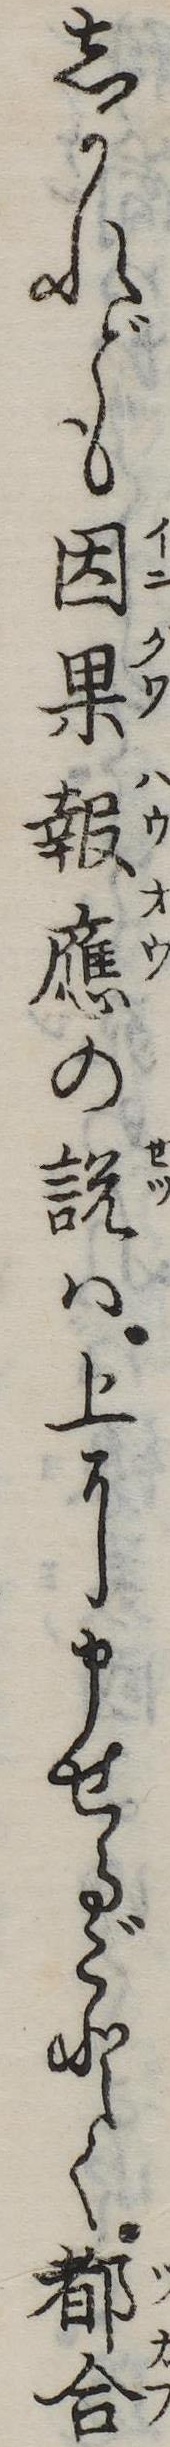
しかれども因果報応の説は上に申せるごとく都合